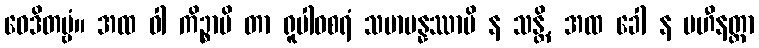
ဝေဒိတဗ္ဗံ။ အထ ဝါ ကိဉ္စာပိ တာ ရူပါဝစရံ သမာပန္နဿာပိ န သန္တိ, အထ ခေါ န ပဟီနတ္တာ